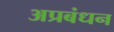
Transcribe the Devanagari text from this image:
अप्रबंधन